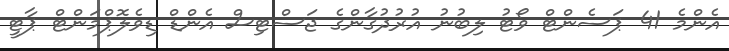
އެންމެ 41 ޕަސެންޓް ވޯޓު ލިބުނު އުރުދުގާންގެ ޖަސްޓިސް އެންޑް ޑިވެލޮޕްމަންޓް ޕާޓީ